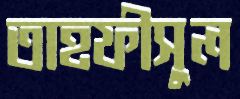
তাহফীসুল